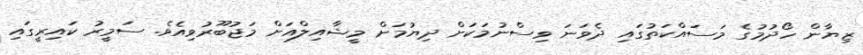
ޒިޔާން ހޯދުމުގެ މަސައްކަތުގައި ދެވަނަ ވިސްނުމަކަށް ދިޔުމަށް މީޝާއިލްއަށް މަޖުބޫރުވިއެވެ. ސަމީރު ކައިރީގައި